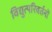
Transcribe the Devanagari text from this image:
विद्युत्परिवर्तनों